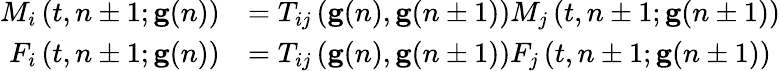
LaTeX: \begin{array}{rl}{M_{i}\left(t,n\pm 1;\mathbf{g}(n)\right)}&{=T_{ij}\left(\mathbf{g}(n),\mathbf{g}(n\pm 1)\right)M_{j}\left(t,n\pm 1;\mathbf{g}(n\pm 1)\right)}\\ {F_{i}\left(t,n\pm 1;\mathbf{g}(n)\right)}&{=T_{ij}\left(\mathbf{g}(n),\mathbf{g}(n\pm 1)\right)F_{j}\left(t,n\pm 1;\mathbf{g}(n\pm 1)\right)}\end{array}